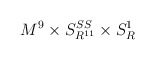
\begin{align*}M^{9}\times S_{R^{11}}^{SS}\times S^{1}_{R}\end{align*}